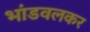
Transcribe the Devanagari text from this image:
भांडवलकर